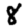
Digit: 8